Mental hospitals Bombay report 1921-28 - 1921-1928
Year: 1921
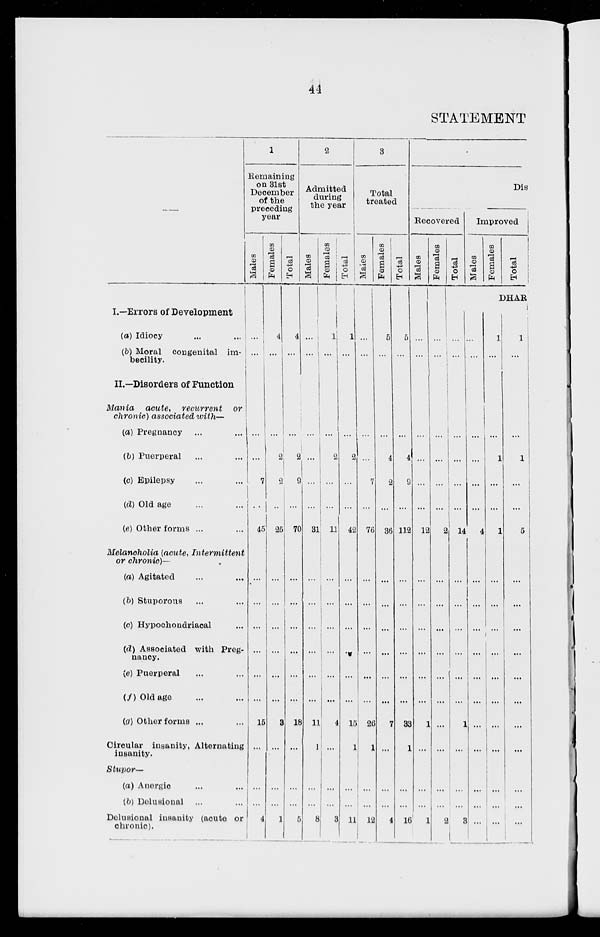
44
STATEMENT
—
I.—Errors of Development
(a) Idiocy
...
...
(b) Moral congenital im-
becility.
II.—Disorders of Function
Mania
acute,
recurrent
or
chronic) associated with—
(a) Pregnancy ... ...
(b) Puerperal ... ...
(c) Epilepsy ... ...
(d) Old age ... ...
(e) Other forms ... ...
Melanoholia (acute, Intermittent
or chronic)—
(a) Agitated ... ...
(b) Stuporous ... ...
(c) Hypochondriacal ...
(d) Associated with Preg-
nancy.
(e) Puerperal ... ...
(f)Old age ... ...
(g) Other forms ... ...
Circular insanity, Alternating
insanity.
Stupor—
(a) Anergic ... ...
(b) Delusional ... ...
Delusional insanity (acute or
chronic).
1
Remaining
on 31st
December
of the
preceding
year
Males
...
...
...
...
7
...
45
...
...
...
...
...
...
15
...
...
...
4
Females
4
...
...
2
2
...
25
...
...
...
...
...
...
3
...
...
...
1
Total
4
...
...
2
9
...
70
...
...
...
...
...
...
18
...
...
...
5
2
Admitted
during
the year
Males
...
...
...
...
...
...
31
...
...
...
...
...
...
11
1
...
...
8
Females
1
...
...
2.
...
...
11
...
...
...
...
...
...
4
...
...
...
3
Total
1
...
...
2
...
...
42
...
...
...
...
...
...
15
1
...
...
11
3
Total
treated
Males
...
...
...
...
7
...
76
...
...
...
...
...
...
26
1
...
...
12
Females
5
...
...
4
2
...
36
...
...
...
...
...
...
7
...
...
...
4
Total
5
...
...
4
9
...
112
...
...
...
...
...
...
33
1
...
...
16
Dis
Recovered
Males
...
...
...
...
...
...
12
...
...
...
...
...
...
1
...
...
...
1
Females
...
...
...
...
...
...
2
...
...
...
...
...
...
...
...
...
...
2
Total
...
...
...
...
...
...
14
...
...
...
...
...
...
1
...
...
...
3
Improved
Males
Females
Total
DHAR
...
...
...
...
...
...
4
...
...
...
...
...
...
...
...
...
...
...
1
...
...
1
...
...
1
...
...
...
...
...
...
...
...
...
...
...
1
...
...
1
...
...
5
...
...
...
...
...
...
...
...
...
...
...